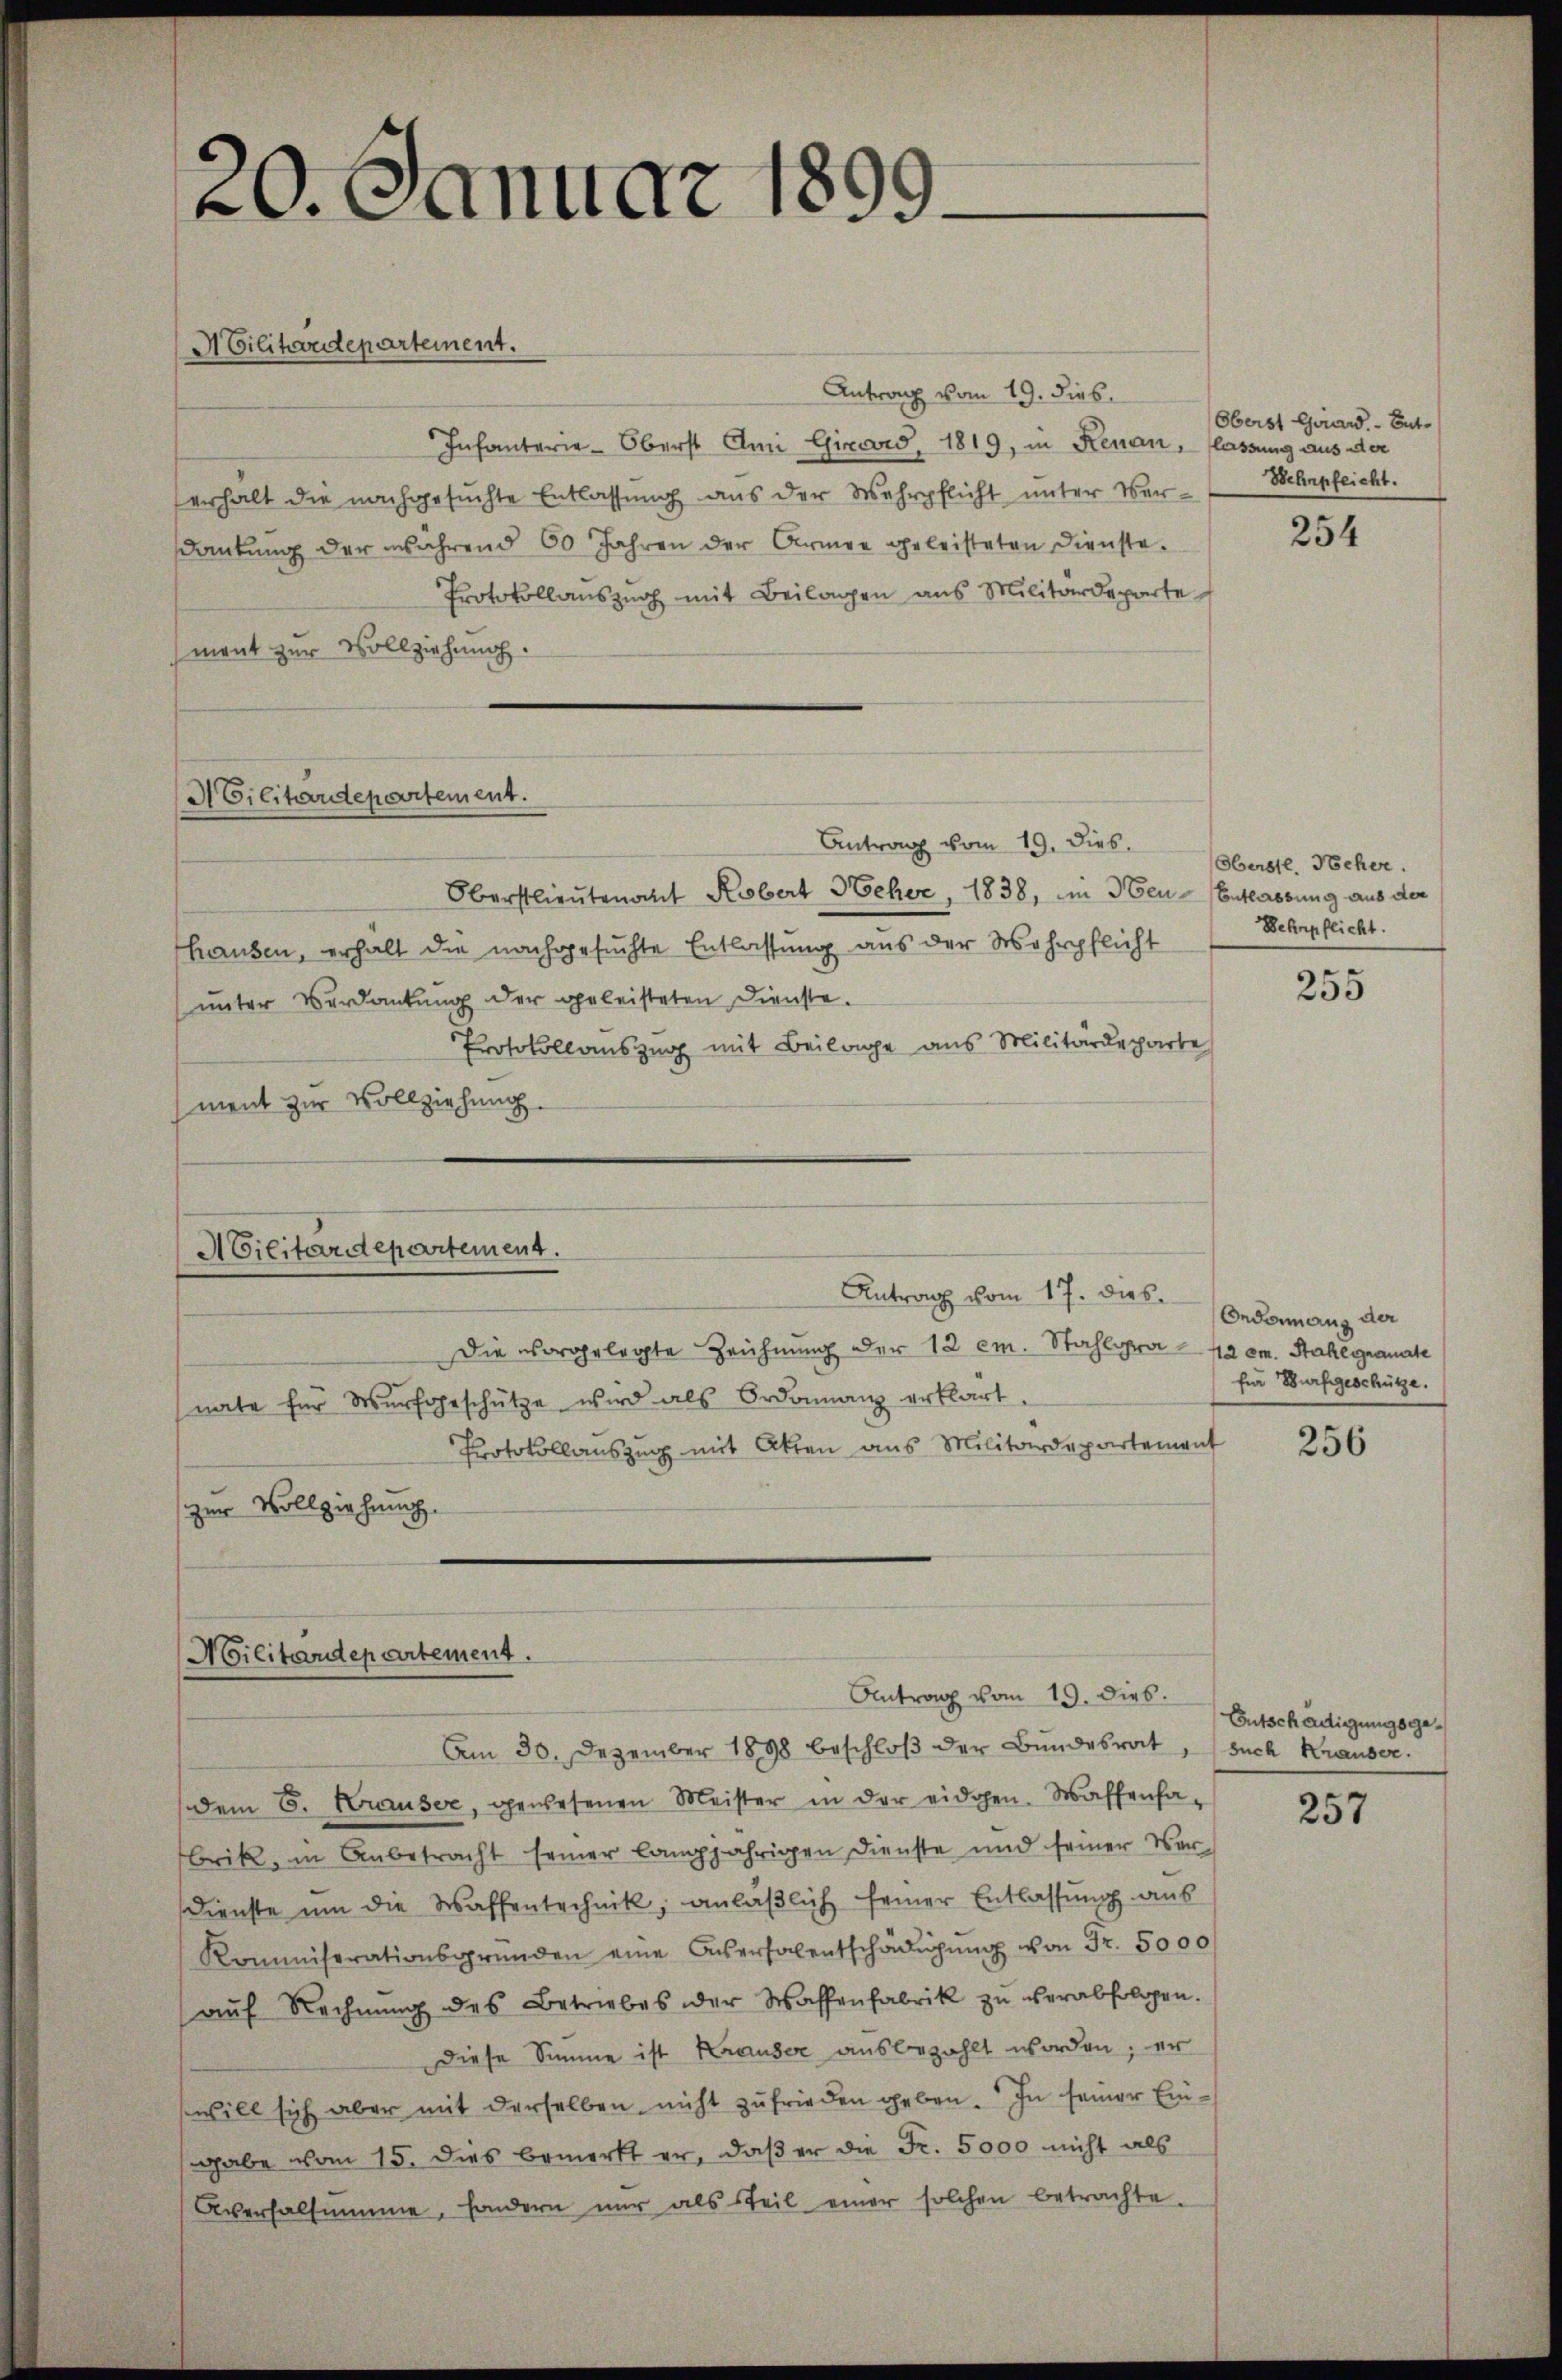
20. Januar 1899
Militärdepartement.
Antrag vom 19. dies

Infanterie-Oberst Ami Girard, 1819, in Renau,
erhalt die nachgesuchte Entlassung aus der Wehrpflicht unter Ver-
dankŭng der während 60 Jahren der Armee geleisteten Dienste.
Protokollanszuch mit Beilagen aus Militärdeparte
ment zur Vollziehung.

A Cilitärdepartement.

Militärdepartement.
Antrag vom 17. dies
nate für Wurfgeschütze wird als Ordonanz erklärt.
Protokollauszug mit Akten aus Militärdepartement
zur Vollziehung.
Militärdepartement.
Antrag vom 19. dies

Antrag vom 19. Dies
Oberstlieutenant Kobert Scher, 1838, in den Entlassung aus der
Thausen, erhalt die nachgesuchte Entlassung aus der Wehrpflicht (Sehrpflicht.
ŭnter Verdankŭng der geleisteten Dienste.
Protokollauszug mit Beilage aus Militärdeparte
ment zur Vollziehung.

Die vorgelegte Zeichnung der 12 em. Stahlora - 12 am Nahe granate

Oberstl. Nocher.

Oberst Girard. - Entlassung aus der
Wehrpfeicht.

Am 30. Dezember 1898 beschloß der Bundesrat,
dem 6. Krauser, gewesenen Meister in der eidgen. Waffenhabrik, in Anbetracht seiner langjährigen Dienste und seiner Ver-
Dienste ŭm die Waffentechnik, anläβlich feiner Entlassung aus
Kommiserationsgründen eine Auerholentschädigŭng von Fr. 5000
aŭf Rechnŭng des Betriebes der Waffenfabrik zŭ verabfolgen.
Diese Summe ist Krauser ausbezahlt worden; er
will sich aber mit derselben nicht zufrieden geben. In seiner Einsgabe vom 15. dies bemerkt er, daβ er die Fr. 5000 nicht als
Aversalsumme, sondern nŭr als Teil einer solchen betrachte.

254

255

Ondonnang der
für Bürfigeschütze.

256

Entschädigungsgesuch Krauser.

257